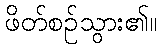
ဖိတ်စဉ်သွား၏။